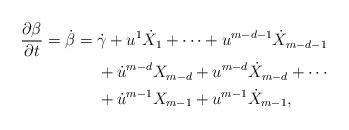
LaTeX: \begin{align*}\frac{\partial \beta}{\partial t} =\dot{\beta} = {} & \dot{\gamma} + u^{1} \dot{X}_{1} + \dotsb + u^{m-d-1} \dot{X}_{m-d-1}\\&+ \dot{u}^{m-d} X_{m-d} + u^{m-d} \dot{X}_{m-d} + \dotsb\\&+ \dot{u}^{m-1} X_{m-1} + u^{m-1} \dot{X}_{m-1},\end{align*}